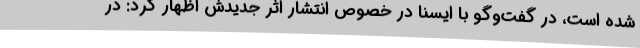
شده است، در گفت‌وگو با ایسنا در خصوص انتشار اثر جدیدش اظهار کرد: در